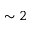
\sim 2